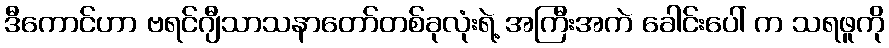
ဒီကောင်ဟာ ဗရင်ဂျီသာသနာတော်တစ်ခုလုံးရဲ့ အကြီးအကဲ ခေါင်းပေါ် က သရဖူကို